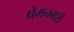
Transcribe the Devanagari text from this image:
प्रेमनगरी